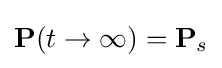
\mathbf {P} (t\rightarrow \infty )=\mathbf {P} _{s}